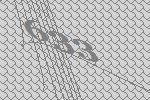
633